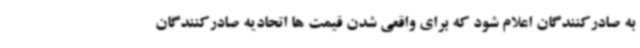
به صادرکنندگان اعلام شود که برای واقعی شدن قیمت ها اتحادیه صادرکنندگان